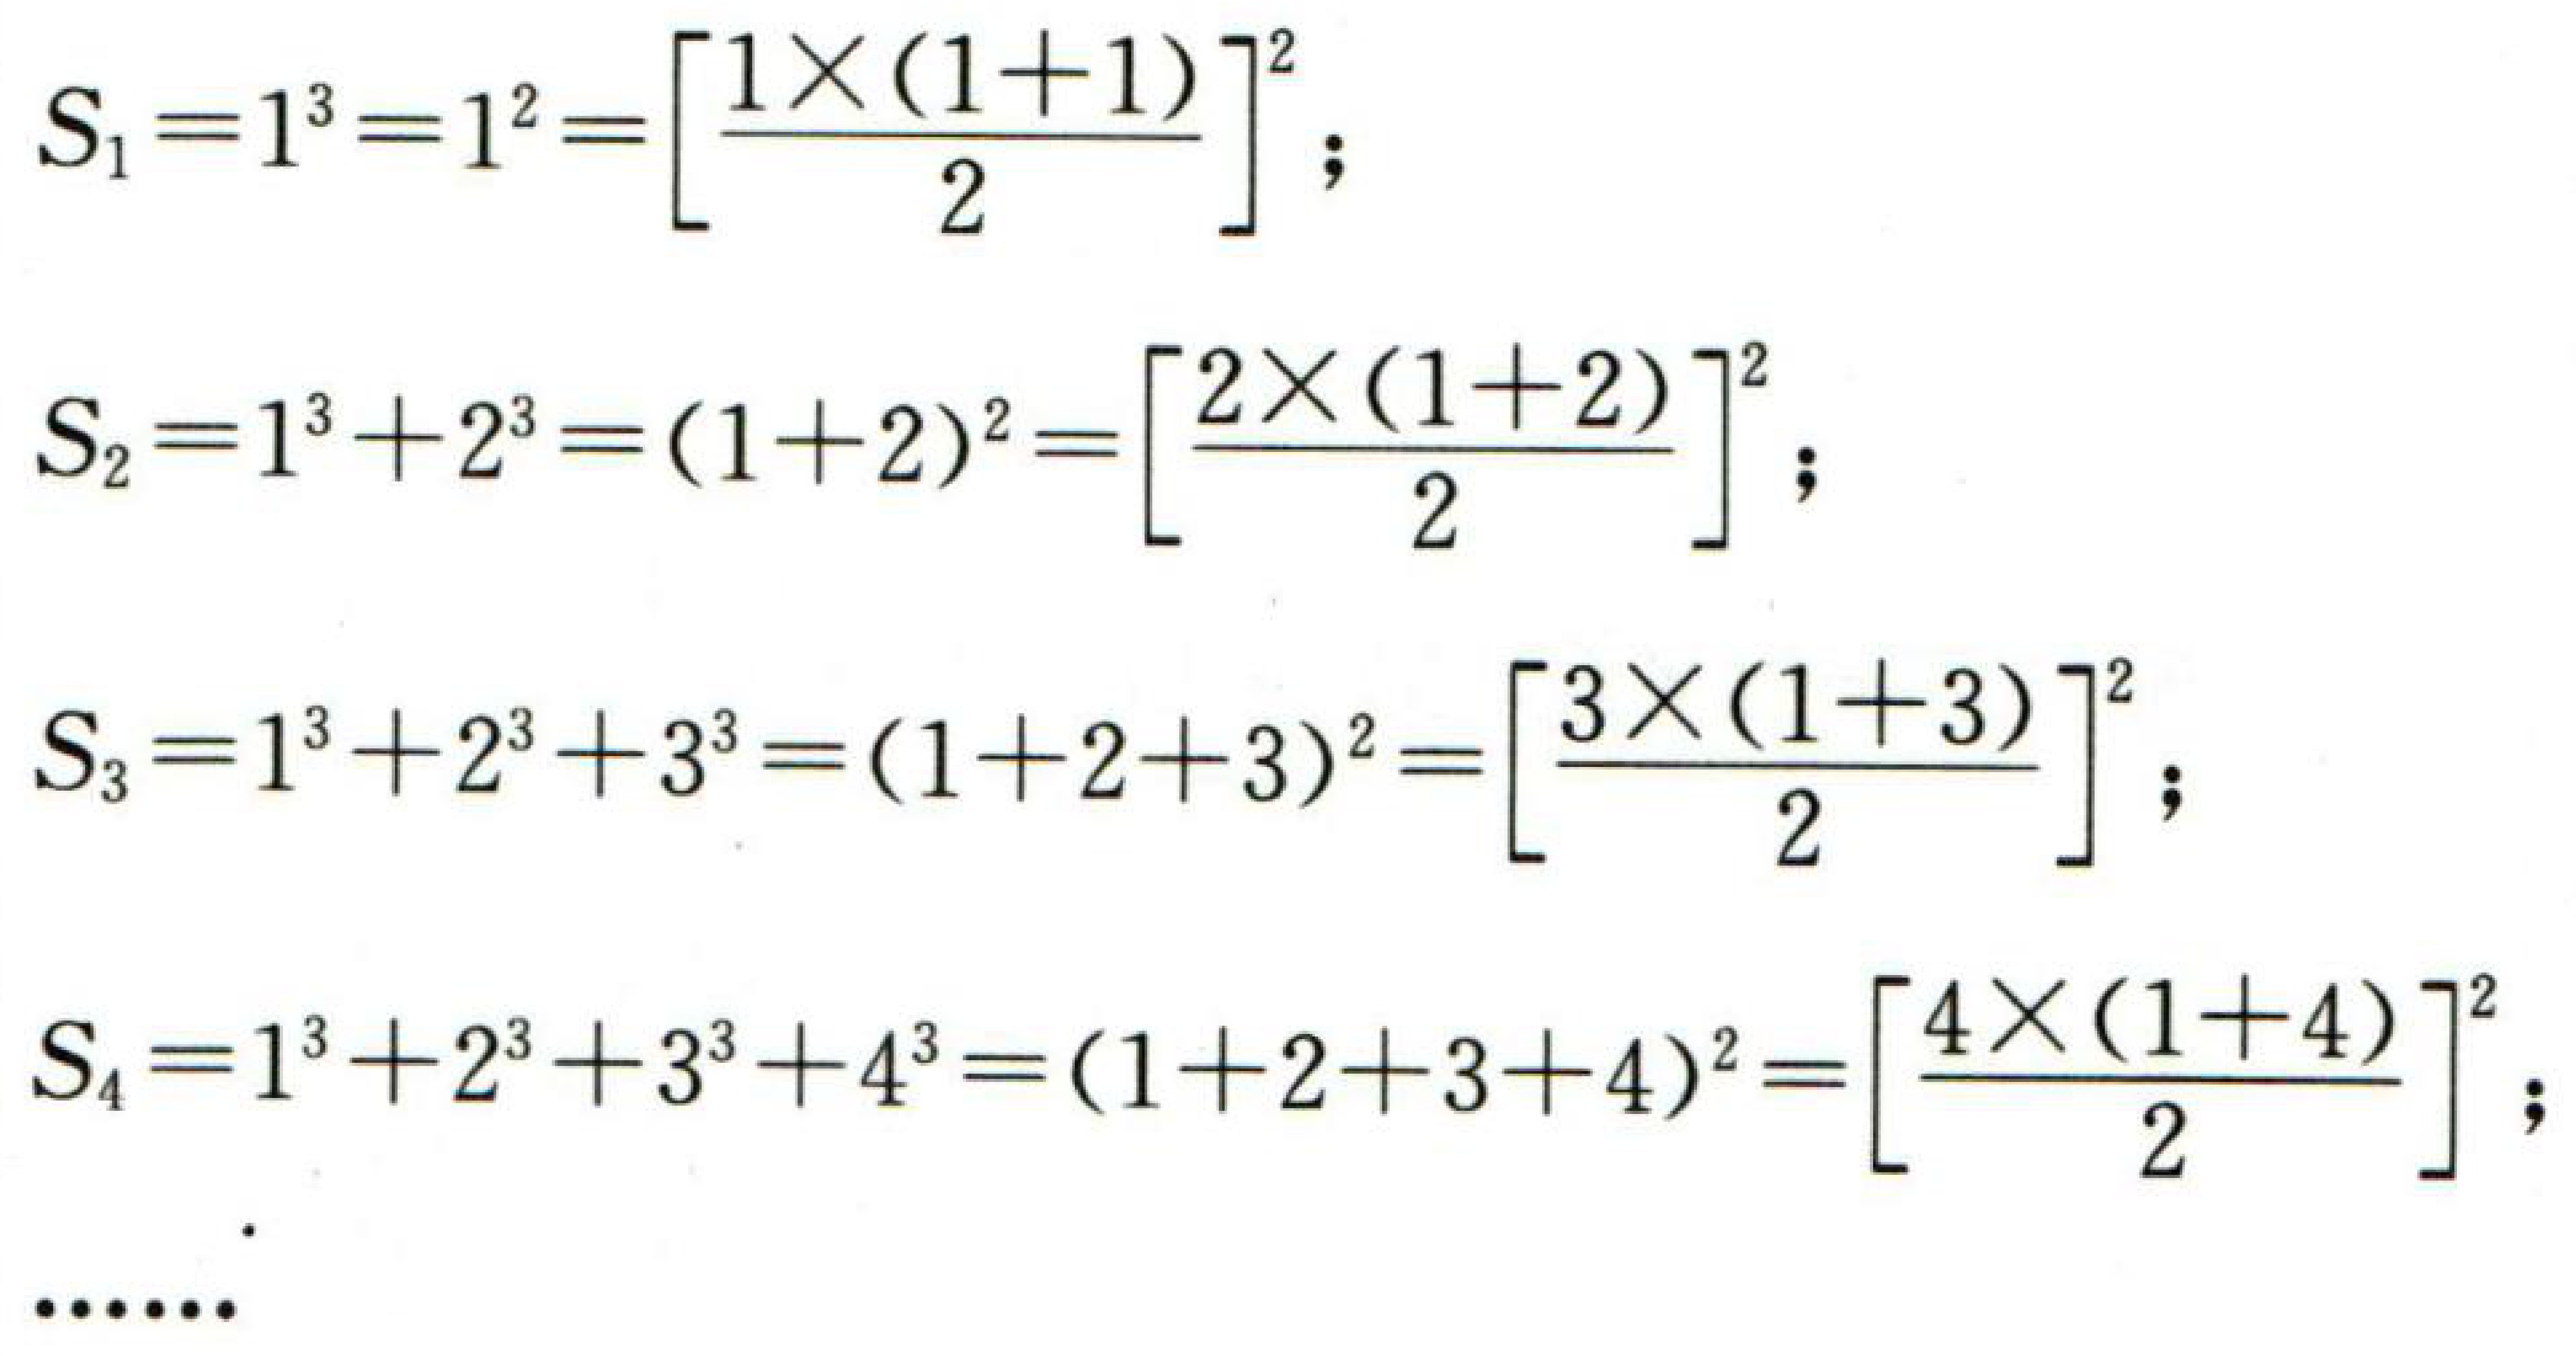
\[

\begin{align*}

S_1&=1^3 = 1^2=\left[\frac{1\times(1 + 1)}{2}\right]^2;\\

S_2&=1^3+2^3=(1 + 2)^2=\left[\frac{2\times(1 + 2)}{2}\right]^2;\\

S_3&=1^3+2^3+3^3=(1 + 2+3)^2=\left[\frac{3\times(1 + 3)}{2}\right]^2;\\

S_4&=1^3+2^3+3^3+4^3=(1 + 2+3+4)^2=\left[\frac{4\times(1 + 4)}{2}\right]^2;\\

&\cdots\cdots

\end{align*}

\]